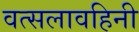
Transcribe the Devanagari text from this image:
वत्सलावहिनी